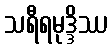
သရီရမုဒ္ဒိဿ